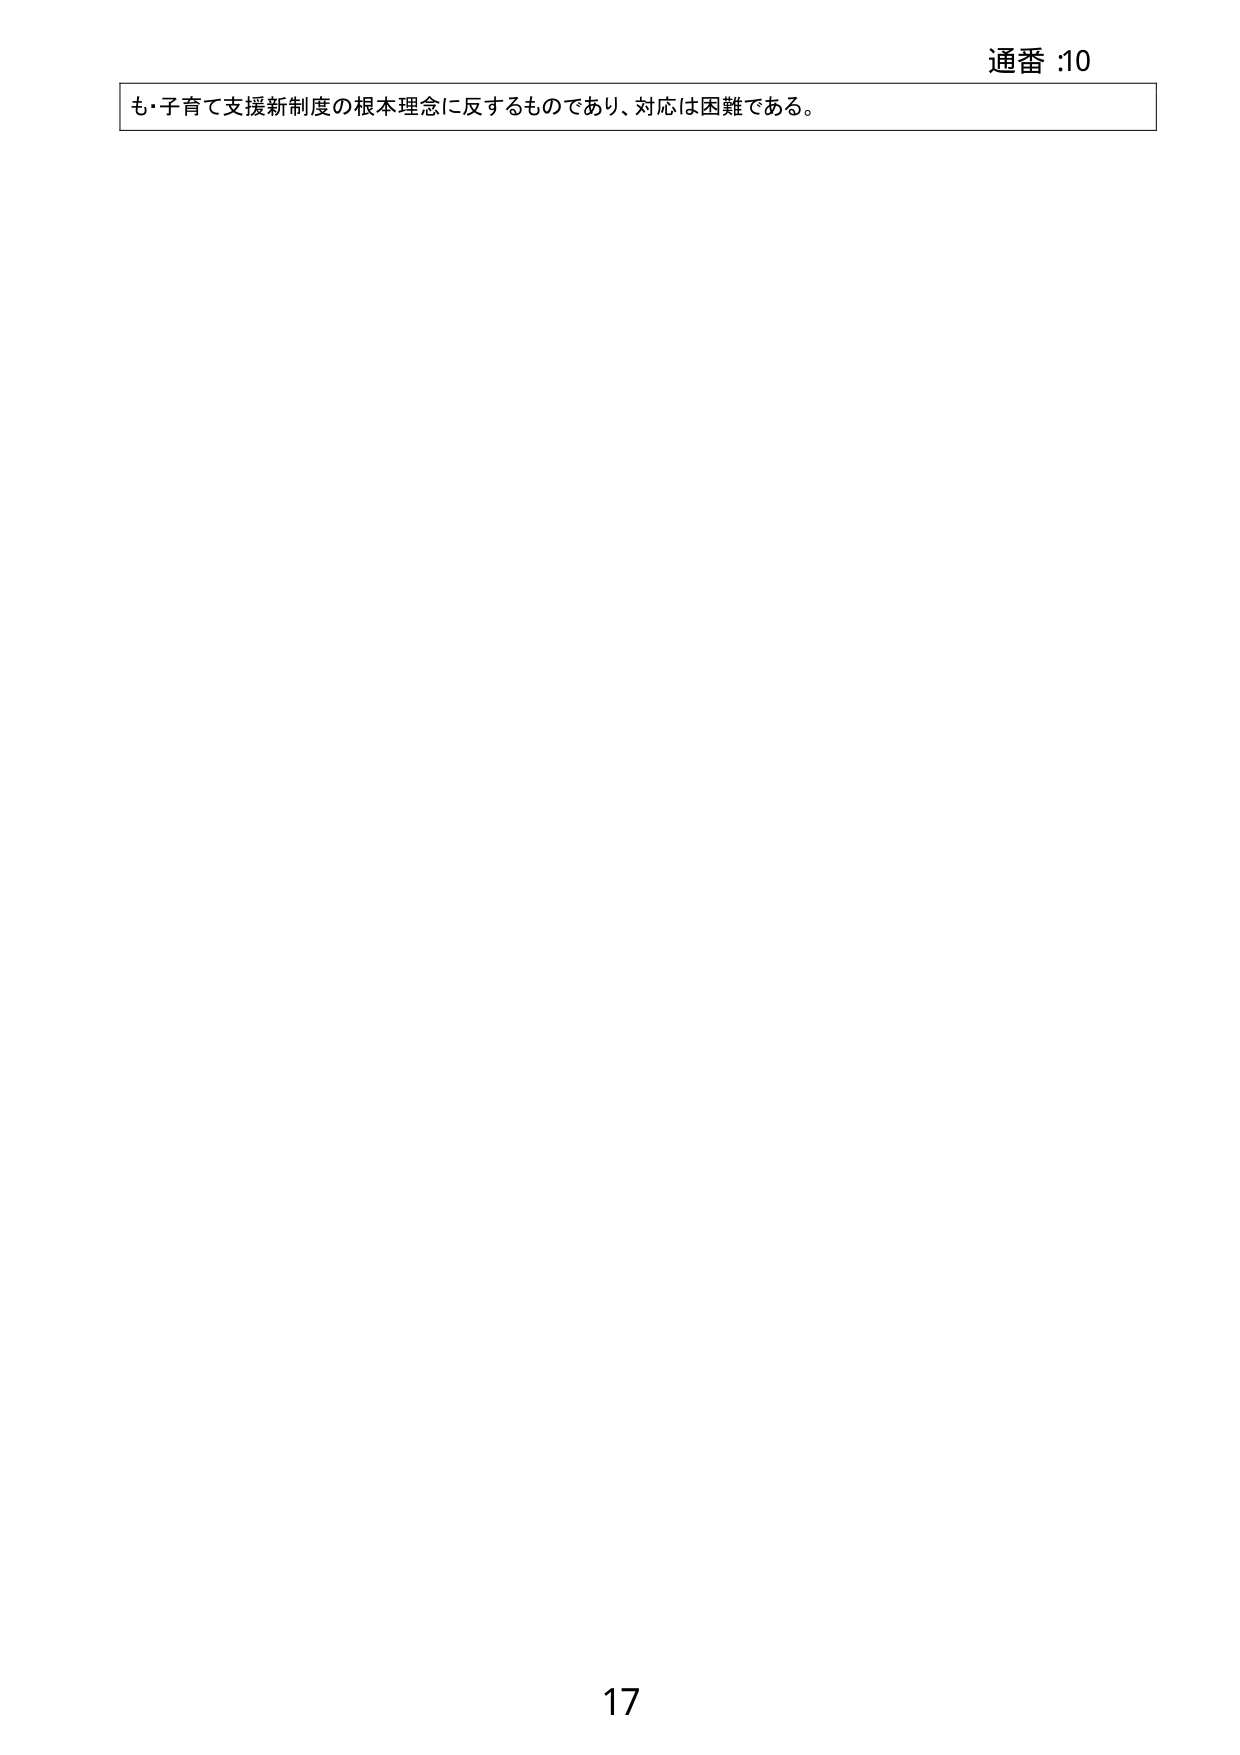
通番 :10
も・子育て支援新制度の根本理念に反するものであり、対応は困難である。
17